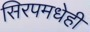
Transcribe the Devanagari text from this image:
सिरपमधेही